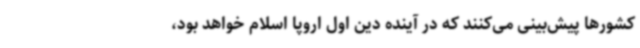
کشورها پیش‌بینی می‌کنند که در آینده دین اول اروپا اسلام خواهد بود،